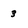
Character: 3